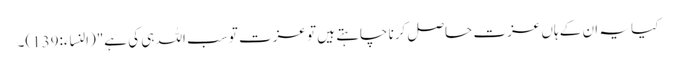
کیا یہ ان کے ہاں عزت حاصل کرنا چاہتے ہیں تو عزت تو سب اللہ ہی کی ہے"(النساء:139)۔